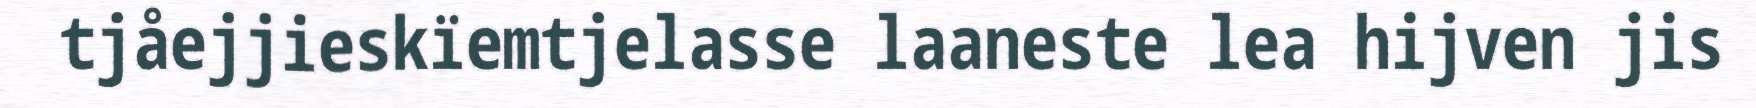
tjåejjieskïemtjelasse laaneste lea hijven jis